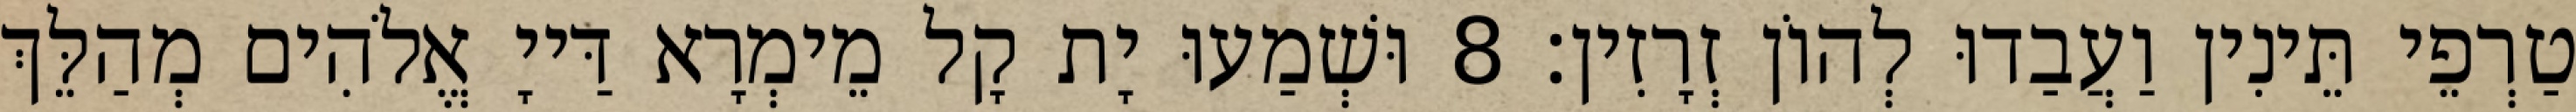
טַרְפֵי תֵּינִין וַעֲבַדוּ לְהוֹן זְרָזִין׃ 8 וּשְׁמַעוּ יָת קָל מֵימְרָא דַּייָ אֱלֹהִים מְהַלֵּךְ